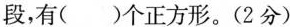
段，有( )个正方形。(2分)